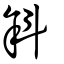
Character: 斜